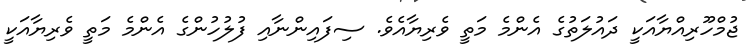
ޖުމްހޫރިއްޔާއަކީ ދައުލަތުގެ އެންމެ މަތީ ވެރިޔާއެވެ. ސިފައިންނާއި ފުލުހުންގެ އެންމެ މަތީ ވެރިޔާއަކީ